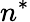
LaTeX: n^{*}